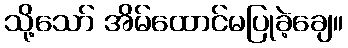
သို့သော် အိမ်ထောင်မပြုခဲ့ချေ။